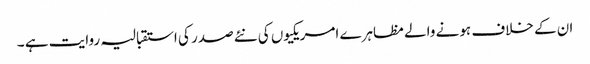
ان کے خلاف ہونے والے مظاہرے امریکیوں کی نئے صدر کی استقبالیہ روایت ہے ۔